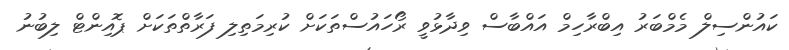
ކައުންސިލް މެމްބަރު އިބްރާހިމް އައްބާސް ވިދާޅުވީ ރޯހައުސްތަކަށް ކުރިމަތިލި ފަރާތްތަކަށް ޕޮއިންޓް ލިބުނު